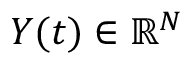
Y ( t ) \in \mathbb { R } ^ { N }